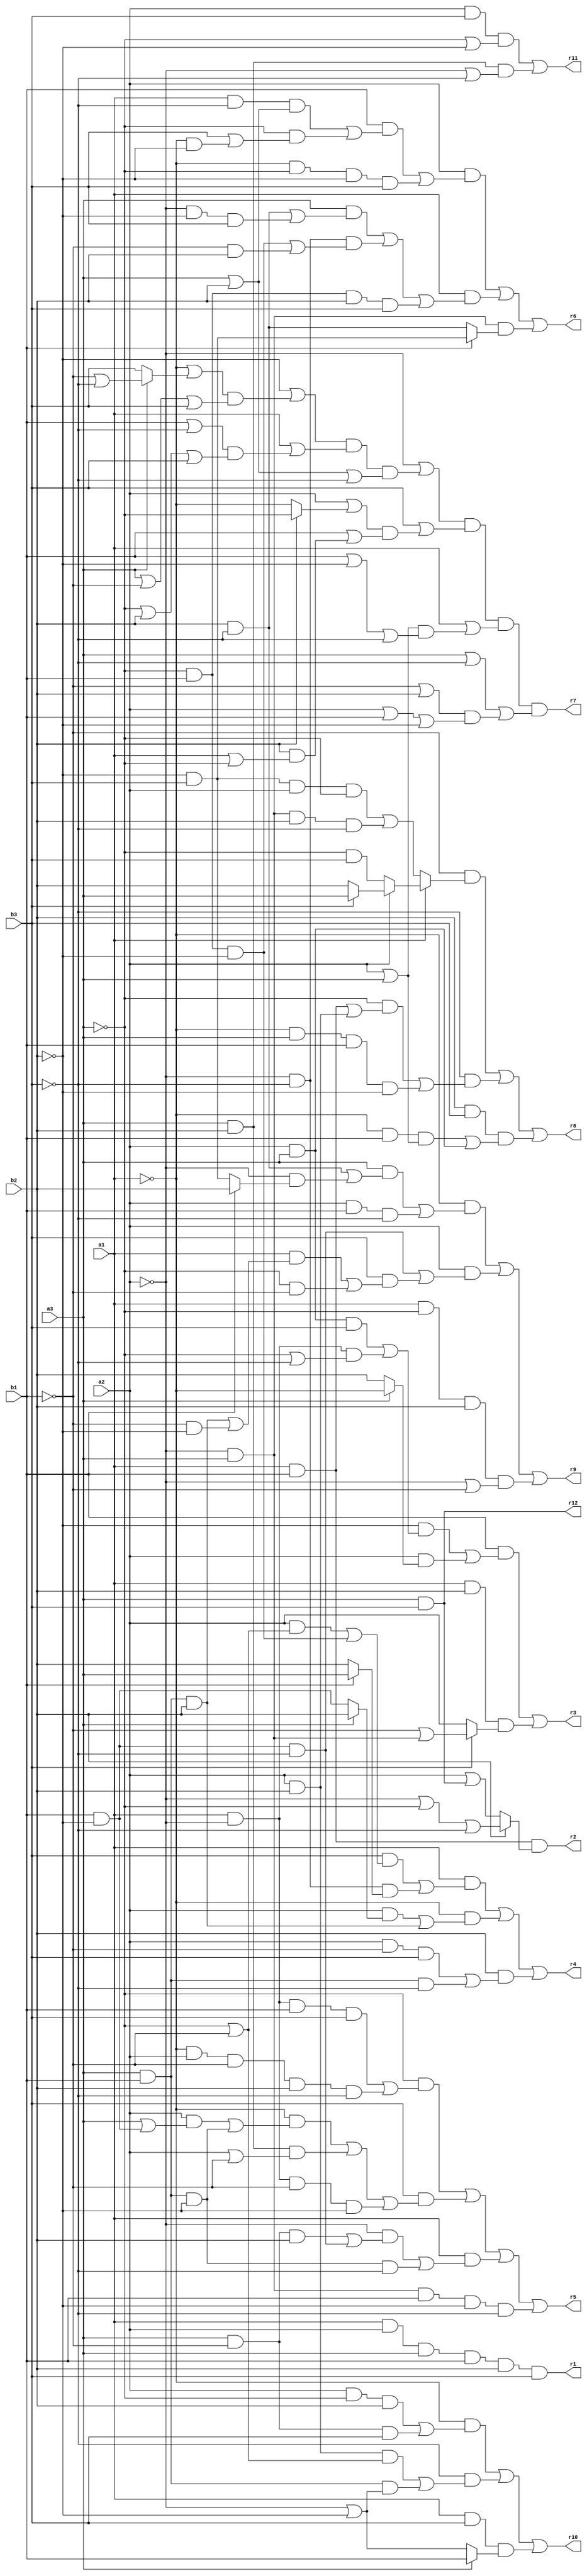
// Benchmark "mult_3x3_45_out" written by ABC on Sat May 21 15:59:21 2022

module mult_3x3_45 ( 
    a1, a2, a3, b1, b2, b3,
    r1, r2, r3, r4, r5, r6, r7, r8, r9, r10, r11, r12  );
  input  a1, a2, a3, b1, b2, b3;
  output r1, r2, r3, r4, r5, r6, r7, r8, r9, r10, r11, r12;
  assign r1 = a1 & a2 & a3 & b1 & b2 & b3;
  assign r2 = a1 & b1 & (b2 ? (~a2 | ~a3 | ~b3) : (a2 | (a3 & b3)));
  assign r3 = (b1 & ((~b2 & ((a2 & a3 & b3) | (a1 & ~a2 & (~a3 | ~b3)))) | (a2 & (a3 ? ~a1 : b2)))) | (a1 & b2 & (b3 ? (~b1 | (~a2 & a3)) : a2));
  assign r4 = (a1 & ((b3 & ((a2 & (~a3 | ~b1)) | (~a3 & b1 & ~b2))) | (~a2 & ~b3 & (b1 ? a3 : b2)))) | (~a1 & ((a2 & (a3 ? b2 : (b1 & ~b2))) | (a3 & b1 & b2))) | (b2 & ((a2 & ~b1 & b3) | (a3 & b1 & ~b3)));
  assign r5 = (~a3 & ((a1 & ~a2 & b1 & b3) | (~a1 & a2 & ~b1 & b2 & ~b3))) | (b3 & ((~a1 & ((a2 & (a3 | (b1 & ~b2))) | (a3 & b1 & ~b2))) | (a3 & b2 & (a2 | ~b1)) | (a1 & ~a2 & ~b1 & ~b2))) | (a1 & ((~a2 & ((a3 & ~b1 & b2) | (b1 & ~b2 & ~b3))) | (a3 & b1 & ~b2 & ~b3))) | (~a2 & a3 & b1 & ~b2 & ~b3);
  assign r6 = (a2 & ((b1 & ((a1 & ~b3 & (a3 | b2)) | (~a3 & (b3 | (~a1 & ~b2))))) | (~a1 & ~a3 & ~b2 & b3))) | (a1 & ((a3 & ((b2 & ~b3) | (~a2 & ~b2 & b3))) | (~a2 & ~b3 & ((~a3 & b1 & ~b2) | (~b1 & b2))) | (~a3 & b1 & b2 & b3))) | (~a2 & a3 & (b1 ? (~b2 & b3) : (b2 & ~b3)));
  assign r7 = (~a2 | ((~b2 | ((~a1 | (a3 ? (~b1 | ~b3) : b3)) & (a3 | ~b1 | b3))) & (a1 | ((b1 | ~b3) & (~a3 | b2 | b3))) & (a3 | b2 | ~b3))) & (b3 | ((a2 | (b2 ? ~a3 : ~a1)) & (b1 | (b2 & (a1 | ~a3))))) & (a1 | ((a2 | a3) & (b1 | ~b2 | ~b3))) & (a3 | ~b3 | ((~b1 | b2) & (a2 | b1 | ~b2)));
  assign r8 = (~b1 & (a1 ? (a2 ? (b3 ? a3 : b2) : (~a3 & b3)) : ((~b2 & b3 & a2 & ~a3) | (~a2 & a3 & b2 & ~b3)))) | (~b3 & ((~a3 & ((a1 & b1) | (a2 & b2))) | (~a1 & a3 & b1 & ~b2))) | (b2 & b3 & ((~a1 & b1 & (a2 | a3)) | (a2 & a3)));
  assign r9 = (~a1 & ((a3 & ((b2 & ~b3) | (~a2 & (b1 ? b2 : (~b2 & b3))))) | (a2 & b1 & ~b3))) | (a2 & ((b1 & ~b2 & ~b3) | (b3 & ((a1 & ((a3 & b1 & b2) | (~b1 & ~b2))) | (~a3 & ~b1))))) | (a1 & ~a3 & b2 & (~a2 | ~b1));
  assign r10 = (~a1 & ((a2 & ~a3 & b2) | (a3 & ~b1 & b3))) | (~b3 & ((a2 & b2 & (~a3 | ~b1)) | (a3 & b1 & (~a2 | ~b2)))) | (a1 & b3 & (a3 ? b1 : (~a2 | ~b2)));
  assign r11 = (a2 & b3 & (~a3 | ~b2)) | (a3 & b2 & (~a2 | ~b3));
  assign r12 = a3 & b3;
endmodule